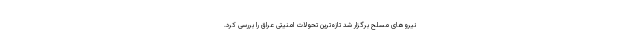
نیروهای مسلح برگزار شد تازه‌ترین تحولات امنیتی عراق را بررسی کرد.